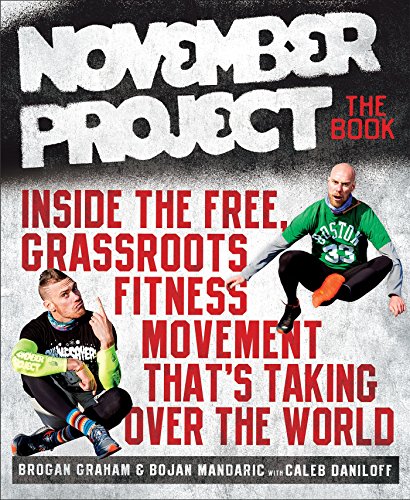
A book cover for November Project: the Book: Inside the Free, Grassroots Fitness Movement That's Taking Over the World; Brogan Graham; Sports & Outdoors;